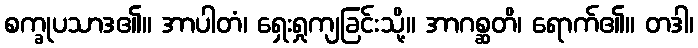
စက္ခုပသာဒ၏။ အာပါတံ၊ ရှေးရှုကျခြင်းသို့။ အာဂစ္ဆတိ၊ ရောက်၏။ တဒါ၊